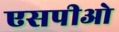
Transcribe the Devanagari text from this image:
एसपीओ